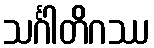
သင်္ဂါတိဂဿ